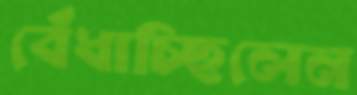
বেঁধাচ্ছিলেন